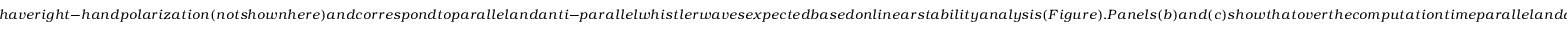
h a v e r i g h t - h a n d p o l a r i z a t i o n ( n o t s h o w n h e r e ) a n d c o r r e s p o n d t o p a r a l l e l a n d a n t i - p a r a l l e l w h i s t l e r w a v e s e x p e c t e d b a s e d o n l i n e a r s t a b i l i t y a n a l y s i s ( F i g u r e ) . P a n e l s ( b ) a n d ( c ) s h o w t h a t o v e r t h e c o m p u t a t i o n t i m e p a r a l l e l a n d a n t i - p a r a l l e l w h i s t l e r w a v e s r e a c h p e a k a m p l i t u d e s o f a b o u t